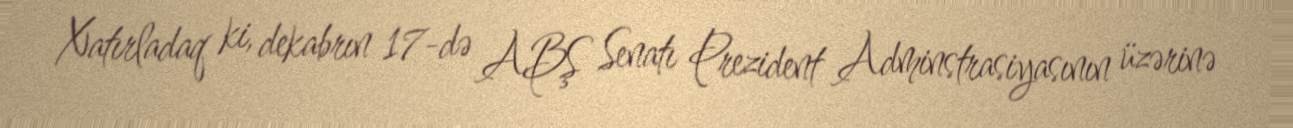
Xatırladaq ki, dekabrın 17-də ABŞ Senatı Prezident Adminstrasiyasının üzərinə